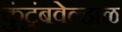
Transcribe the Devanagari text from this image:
कुंटुंबवेल्हाळ